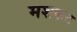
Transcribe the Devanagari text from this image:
मशकट